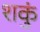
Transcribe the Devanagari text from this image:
शकुं